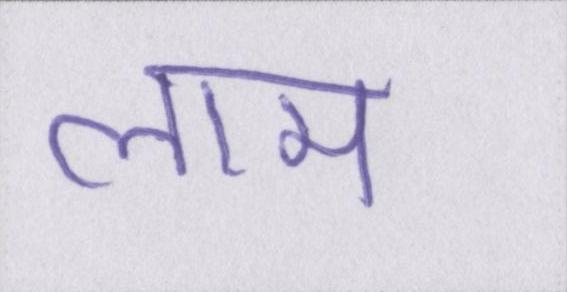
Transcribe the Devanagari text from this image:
लाम